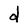
Character: d